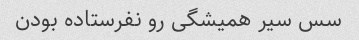
سس سیر همیشگی رو نفرستاده بودن